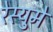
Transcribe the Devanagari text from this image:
रेस्युमे